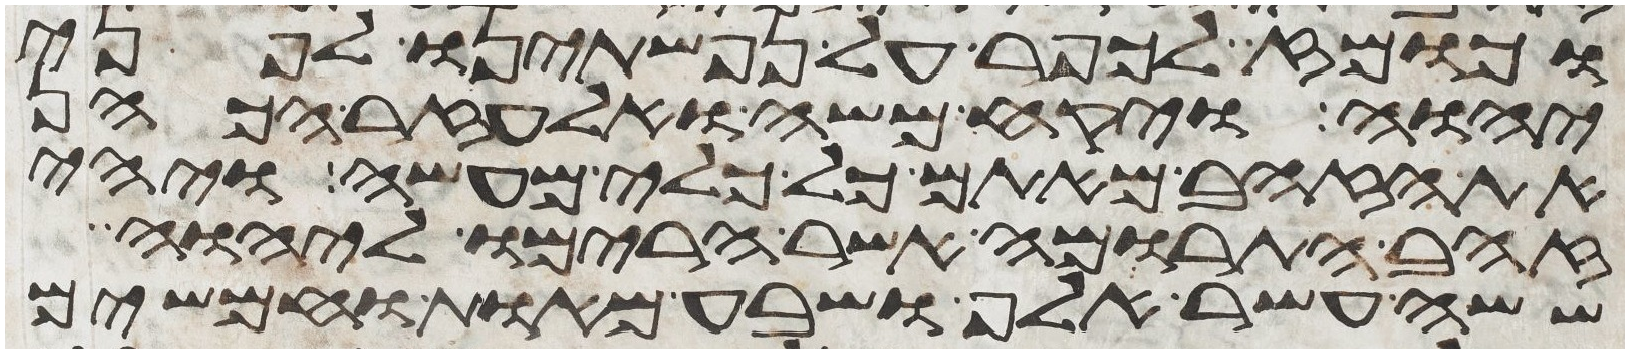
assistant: וכומז לכפר על נפשתינו לפני
יהוה ויקח משה ואלעזר הכהן
את הזהב מאתם כל כלי מעשה ויהי
זהב התרומה אשר הרימו ליהוה
ששה עשר אלף ושבע מאות וחמשים